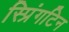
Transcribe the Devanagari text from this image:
स्प्रिंगटिन